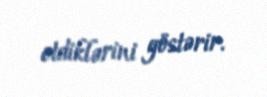
etdiklərini göstərir.